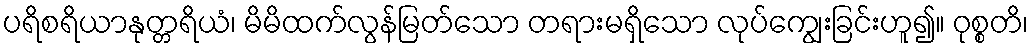
ပရိစရိယာနုတ္တရိယံ၊ မိမိထက်လွန်မြတ်သော တရားမရှိသော လုပ်ကျွေးခြင်းဟူ၍။ ဝုစ္စတိ၊